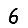
Digit: 6